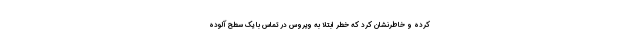
کرده و خاطرنشان کرد که خطر ابتلا به ویروس در تماس با یک سطح آلوده